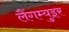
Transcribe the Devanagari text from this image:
लैंगम्युइर